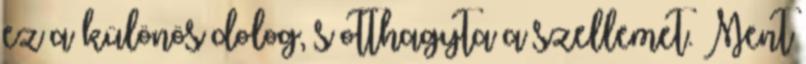
ez a különös dolog, s otthagyta a szellemet. Ment